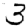
Digit: 3